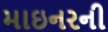
માઇનરની